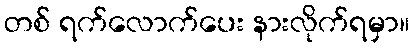
တစ် ရက်လောက်ပေး နားလိုက်ရမှာ။